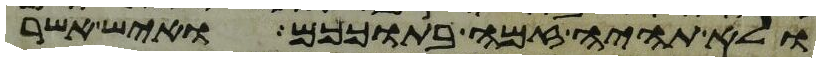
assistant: ולא תהיה זמה בתוככם ואיש אשר